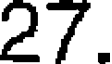
27.